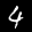
Label: 4